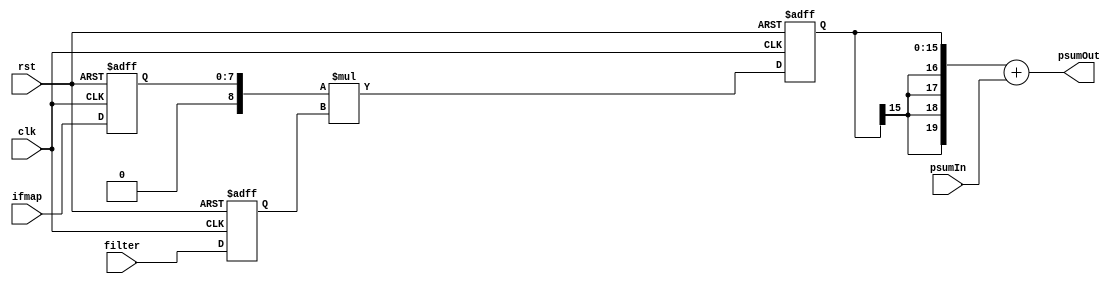
module PE(clk, rst, ifmap, filter, psumIn, psumOut);

input clk, rst;
input [7:0] ifmap, filter;
input signed [19:0] psumIn;
output [19:0] psumOut;

reg [7:0] ifmapBuf;
reg signed [7:0]  filterBuf;
reg signed [15:0] mulBuf;

always@(posedge clk or posedge rst)begin
	if(rst)begin
		ifmapBuf  <= 8'd0;
		filterBuf <= 8'd0;
		mulBuf    <= 16'd0;
	end
	else begin
		// Stage 1 -> get ifmap and filter value
		ifmapBuf  <= ifmap;
		filterBuf <= filter;

		// Stage 2 ->  multiply and save result in mulBuf
		mulBuf <= $signed({1'b0, ifmapBuf}) * filterBuf;
	end
end

// Stage 3 -> Output partialsum in this PE
assign psumOut = {{4{mulBuf[15]}}, mulBuf} + psumIn;

endmodule